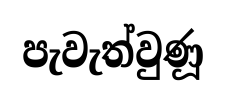
පැවැත්වුණූ